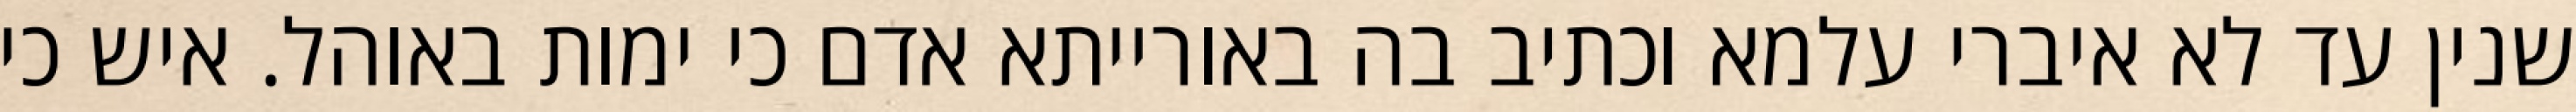
שנין עד לא איברי עלמא וכתיב בה באורייתא אדם כי ימות באוהל. איש כי